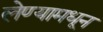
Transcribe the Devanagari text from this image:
लेण्यामधून